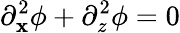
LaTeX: \partial_{\mathbf{x}}^{2}\phi+\partial_{z}^{2}\phi=0